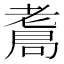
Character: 𦓁